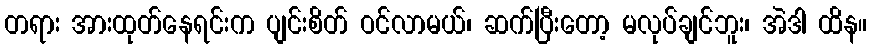
တရား အားထုတ်နေရင်းက ပျင်းစိတ် ဝင်လာမယ်၊ ဆက်ပြီးတော့ မလုပ်ချင်ဘူး၊ အဲဒါ ထိန။